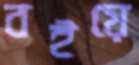
বইয়ে